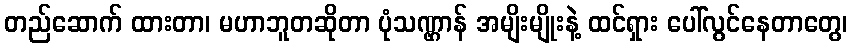
တည်ဆောက် ထားတာ၊ မဟာဘူတဆိုတာ ပုံသဏ္ဌာန် အမျိးမျိုးနဲ့ ထင်ရှား ပေါ်လွင်နေတာတွေ၊